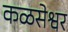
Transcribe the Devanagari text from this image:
कळसेश्वर